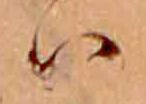
ハ